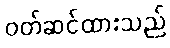
ဝတ်ဆင်ထားသည်